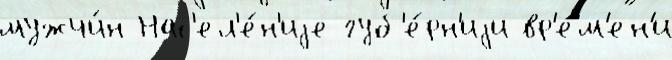
мужчи́н Нас'ел'е́н'иjе губ'е́рн'иjи вр'е́м'ен'и